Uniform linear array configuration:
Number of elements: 8
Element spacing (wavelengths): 0.5
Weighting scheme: exponential
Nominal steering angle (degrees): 30
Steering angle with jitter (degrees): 31.413
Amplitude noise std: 0.05
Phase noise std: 0.05

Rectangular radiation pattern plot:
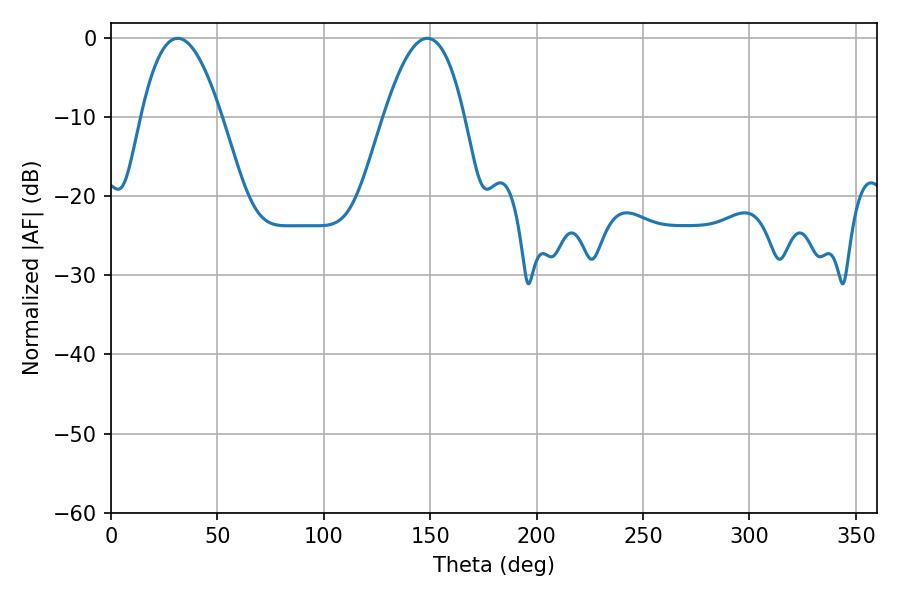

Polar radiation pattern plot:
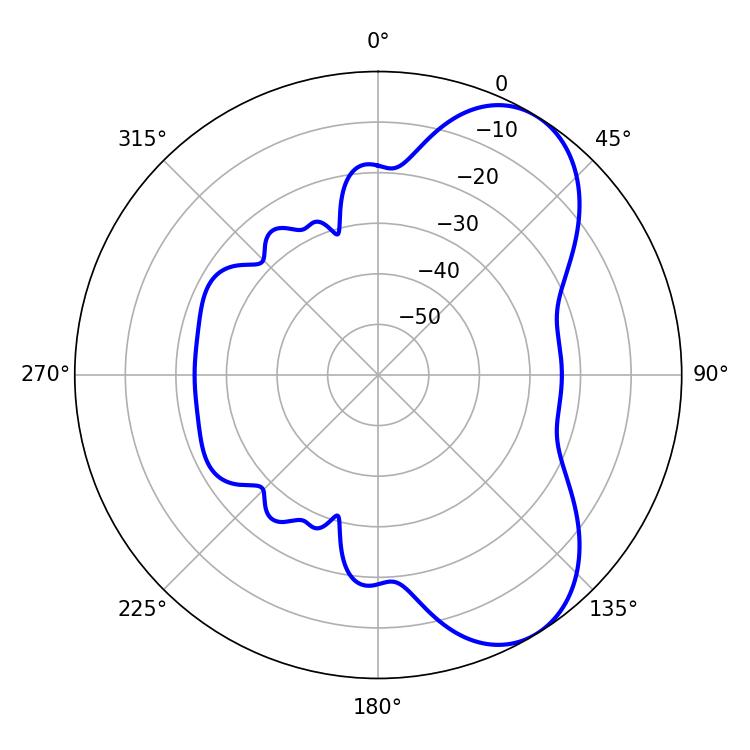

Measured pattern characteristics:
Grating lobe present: FALSE
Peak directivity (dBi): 6.864
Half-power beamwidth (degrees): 20.88
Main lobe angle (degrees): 31.32